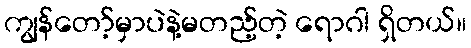
ကျွန်တော့်မှာပဲနဲ့မတည့်တဲ့ ရောဂါ ရှိတယ်။